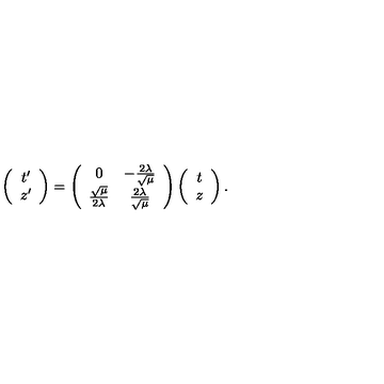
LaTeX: \left( \begin{array} { c } { t ^ { \prime } } \\ { z ^ { \prime } } \\ \end{array} \right) = \left( \begin{array} { c c } { 0 } & { - \frac { 2 \lambda } { \sqrt { \mu } } } \\ { \frac { \sqrt { \mu } } { 2 \lambda } } & { \frac { 2 \lambda } { \sqrt { \mu } } } \\ \end{array} \right) \left( \begin{array} { c } { t } \\ { z } \\ \end{array} \right) .